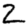
Digit: 2